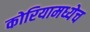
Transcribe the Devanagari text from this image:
कोरियामध्येच